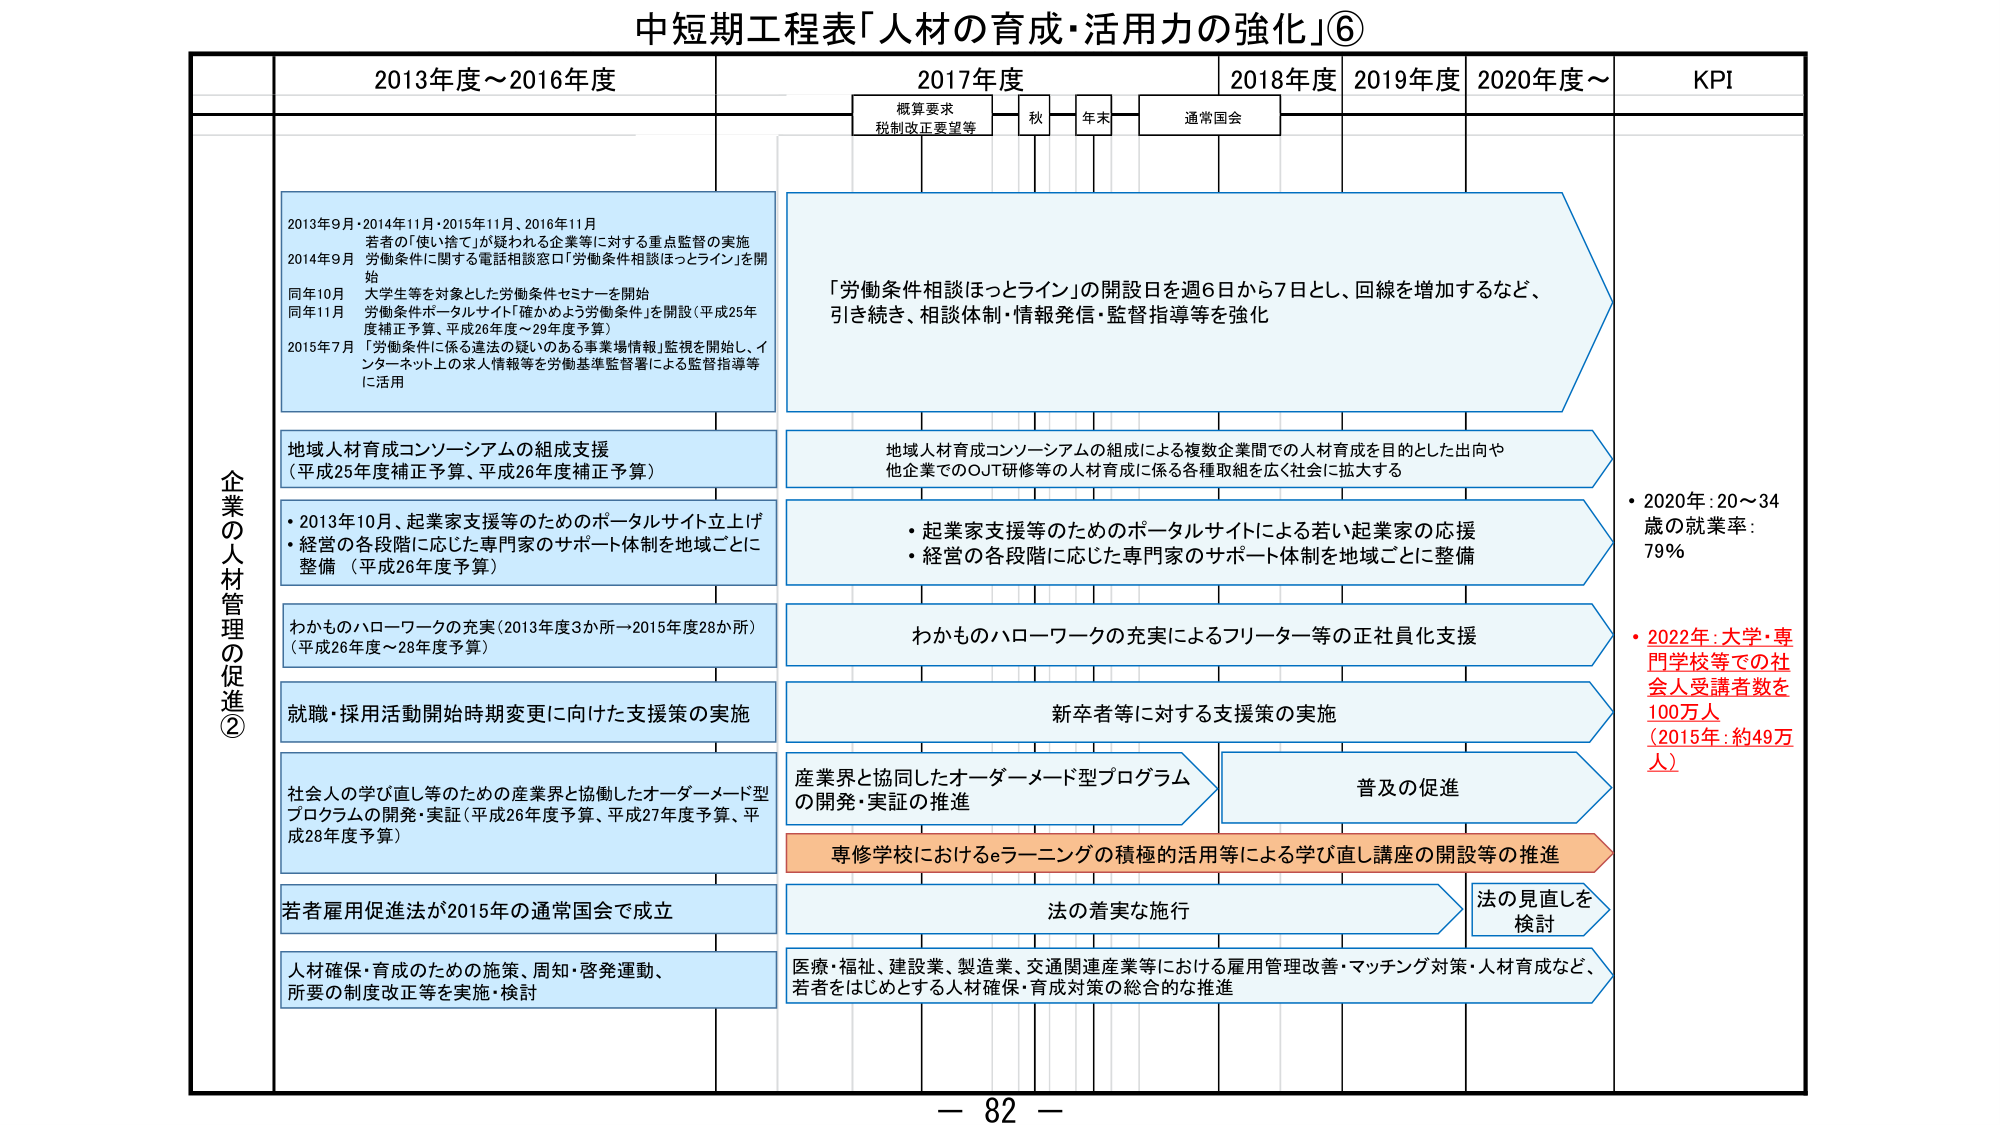
中短期工程表「人材の育成・活用力の強化」⑥

企業の人材管理の促進②

2013年度～2016年度

2013年9月・2014年11月・2015年11月、2016年11月
若者の「使い捨て」が疑われる企業等に対する重点監督の実施
2014年9月
労働条件に関する電話相談窓口「労働条件相談ほっとライン」を開始
同年10月
大学生等を対象とした労働条件セミナーを開始
同年11月
労働条件ポータルサイト「確かめよう労働条件」を開設（平成25年度補正予算、平成26年度～29年度予算）
2015年7月
「労働条件に係る違法の疑いのある事業場情報」監視を開始し、インターネット上の求人情報等を労働基準監督署による監督指導等に活用

地域人材育成コンソーシアムの組成支援
（平成25年度補正予算、平成26年度補正予算）

・2013年10月、起業家支援等のためのポータルサイト立上げ
・経営の各段階に応じた専門家のサポート体制を地域ごとに整備（平成26年度予算）

わかものハローワークの充実（2013年度3か所→2015年度28か所）
（平成26年度～28年度予算）

就職・採用活動開始時期変更に向けた支援策の実施

社会人の学び直し等のための産業界と協同したオーダーメード型プログラムの開発・実証（平成26年度予算、平成27年度予算、平成28年度予算）

若者雇用促進法が2015年の通常国会で成立

人材確保・育成のための施策、周知・啓発運動、所要の制度改正等を実施・検討

2017年度

概算要求
税制改正要望等
秋
年末
通常国会

「労働条件相談ほっとライン」の開設日を週6日から7日とし、回線を増加するなど、引き続き、相談体制・情報発信・監督指導等を強化

地域人材育成コンソーシアムの組成による複数企業間での人材育成を目的とした出向や他企業でのOJT研修等の人材育成に係る各種取組を広く社会に拡大する

・起業家支援等のためのポータルサイトによる若い起業家の応援
・経営の各段階に応じた専門家のサポート体制を地域ごとに整備

わかものハローワークの充実によるフリーター等の正社員化支援

新卒者等に対する支援策の実施

産業界と協同したオーダーメード型プログラムの開発・実証の推進

普及の促進

専修学校におけるeラーニングの積極的活用等による学び直し講座の開設等の推進

法の着実な施行

法の見直しを検討

医療・福祉、建設業、製造業、交通関連産業等における雇用管理改善・マッチング対策・人材育成など、若者をはじめとする人材確保・育成対策の総合的な推進

2018年度
2019年度
2020年度～

KPI

・2020年：20～34歳の就業率：79％

・2022年：大学・専門学校等での社会人受講者数を100万人（2015年：約49万人）

－ 82 －